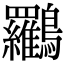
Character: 𪈰